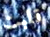
قلبت